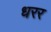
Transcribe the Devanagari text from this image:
धरर